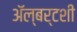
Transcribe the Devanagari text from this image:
ॲल्बर्टशी